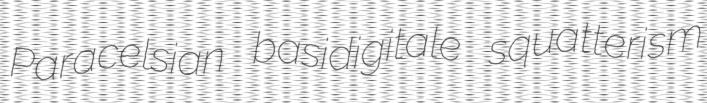
Paracelsian basidigitale squatterism